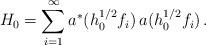
LaTeX: \begin{align*} H_0=\sum_{i=1}^\infty a^*(h_0^{1/2}f_i)\, a(h_0^{1/2}f_i)\, .\end{align*}